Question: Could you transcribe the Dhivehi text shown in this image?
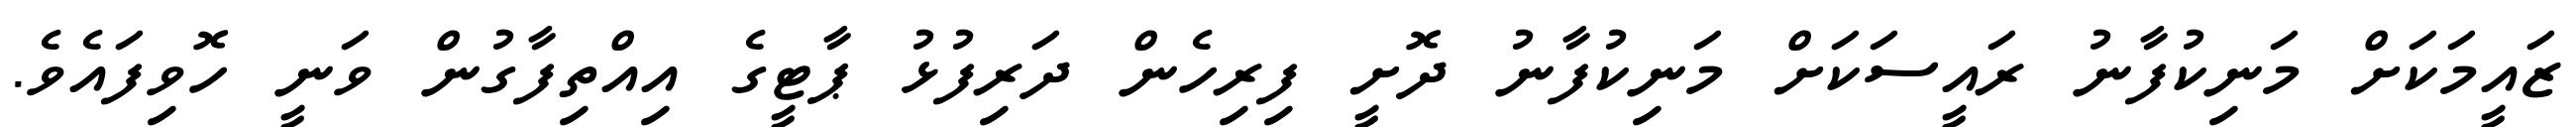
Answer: ޒައީމަކަށް މަނިކުފާނު ރައީސަކަށް މަނިކުފާނު ދޮށީ ފިރިހެން ދަރިފުޅު ޕާޓީގެ އިއްތިފާގުން ވަނީ ހޮވިފައެވެ.